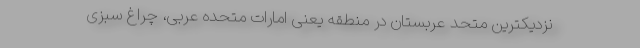
نزدیکترین متحد عربستان در منطقه یعنی امارات متحده عربی، چراغ سبزی